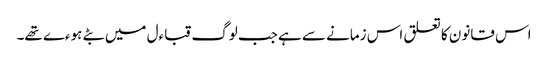
اس قانون کا تعلق اس زمانے سے ہے جب لوگ قباءل میں بٹے ہوءے تھے۔